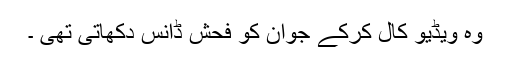
وہ ویڈیو کال کرکے جوان کو فحش ڈانس دکھاتی تھی ۔